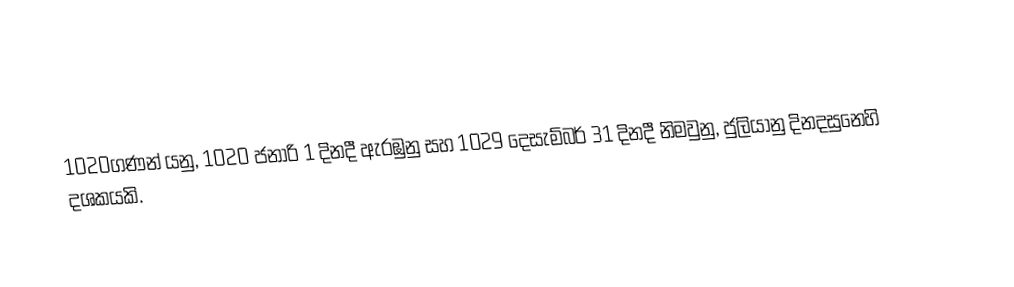
1020ගණන් යනු, 1020 ජනාරි 1 දිනදී ඇරඹුනු සහ 1029 දෙසැම්බර් 31 දිනදී නිමවුනු, ජුලියානු දිනදසුනෙහි දශකයකි.